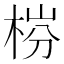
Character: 梤